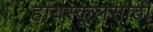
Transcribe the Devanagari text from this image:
हायस्कूलसाठी